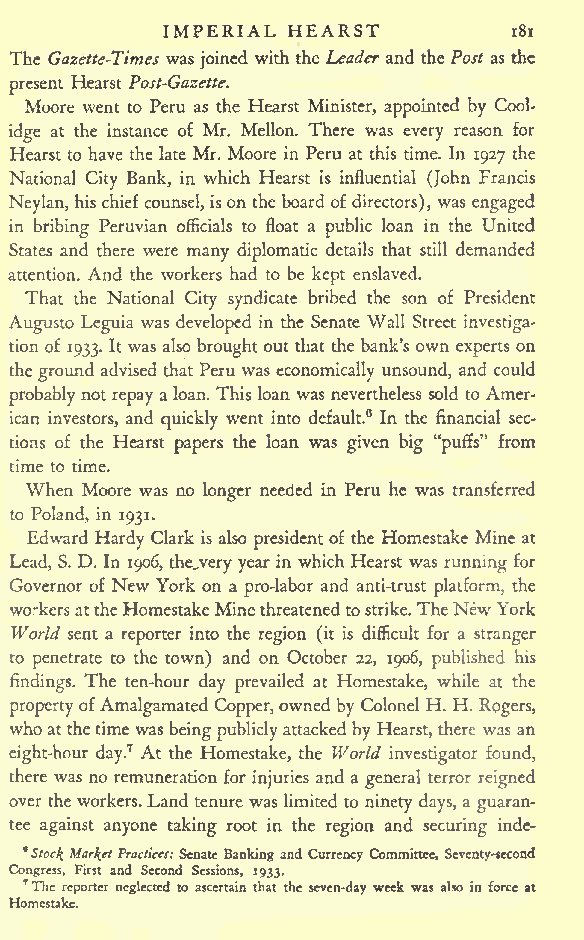
IMPERIAL HEARST
 181
 The Gazette-Times was joined with the Leader and the Post as the
 present Hearst Post-Gazette.
 Moore went to Peru as the Hearst Minister, appointed by Cool-
 idge at the instance of Mr. Mellon. There was every reason for
 Hearst to have the late Mr. Moore in Peru at this time. In 1927 the
 National City Bank, in which Hearst is influential (John Francis
 Neylan, hischief counsel, ison the boardof directors), was engaged
 in bribing Peruvian officials to float a public loan in the United
 States and there were many diplomatic details that still demanded
 attention. And the workers had to be kept enslaved.
 That the National City syndicate bribed the son of President
 Augusto Leguia was developed in the Senate Wall Street investiga-
 tion of 1933. It was also brought out that the bank's own experts on
 the ground advised that Peru was economically unsound, and could
 probably not repay a loan. This loan was nevertheless sold to Amer-
 ican investors, and quickly went into default.6 In the financial sec-
 tions of the Hearst papers the loan was given big "puffs" from
 time to time.
 When Moore was no longer needed in Peru he was transferred
 to Poland, in 1931.
 Edward Hardy Clark is also president of the Homestake Mine at
 Lead, S. D. In 1906, the^very year in which Hearst was running for
 Governor of New York on a pro-labor and anti-trust platform, the
 workersattheHomestakeMinethreatenedtostrike.TheNewYork
 World sent a reporter into the region (it is difficult for a stranger
 to penetrate to the town) and on October 22, 1906, published his
 findings. The ten-hour day prevailed at Homestake, while at the
 propertyofAmalgamated Copper,owned by Colonel H. H. Rogers,
 whoatthetime was beingpubliclyattacked by Hearst, there was an
 eight-hour day.7 At the Homestake, the World investigator found,
 there was no remuneration for injuries and a general terror reigned
 over the workers.Land tenure was limited to ninety days, a guaran-
 tee against anyone taking root in the region and securing inde-
 *Stoc\ MarketPractices: Senate Banking and Currency Committee, Seventy-second
 Congress, First and Second Sessions, 1933.
 7The reporter neglected to ascertain that the seven-day week was also in force at
 Homestake.